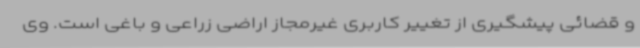
و قضائی پیشگیری از تغییر کاربری غیرمجاز اراضی زراعی و باغی است. وی